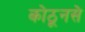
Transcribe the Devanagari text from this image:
कोठूनसे